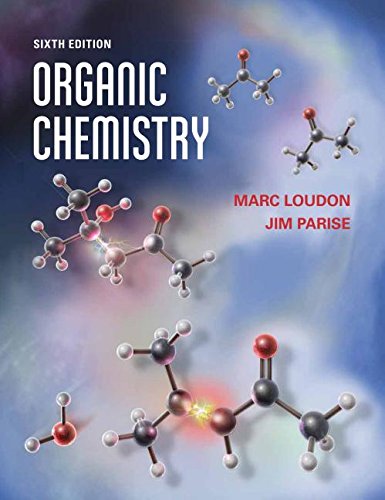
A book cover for Organic Chemistry; Marc Loudon; Science & Math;